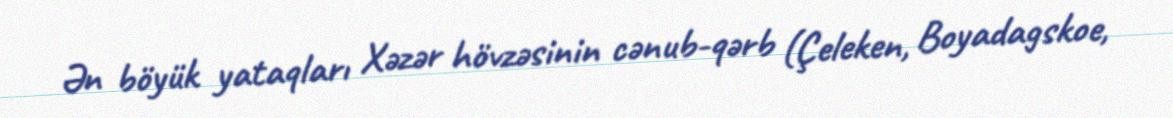
Ən böyük yataqları Xəzər hövzəsinin cənub-qərb (Çeleken, Boyadagskoe,